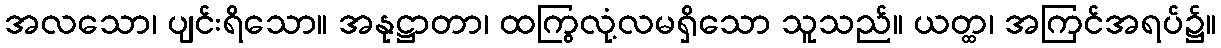
အလသော၊ ပျင်းရိသော။ အနုဋ္ဌာတာ၊ ထကြွလုံ့လမရှိသော သူသည်။ ယတ္ထ၊ အကြင်အရပ်၌။